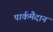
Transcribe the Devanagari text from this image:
पार्कमैदान